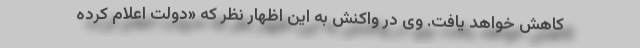
کاهش خواهد یافت. وی در واکنش به این اظهار نظر که «دولت اعلام کرده